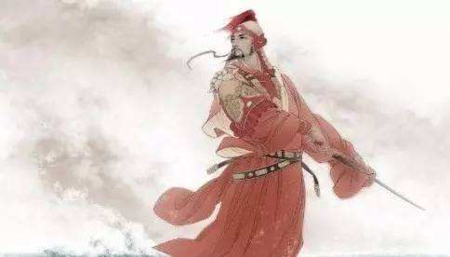
十年驱驰海色寒，孤臣于此望宸銮。